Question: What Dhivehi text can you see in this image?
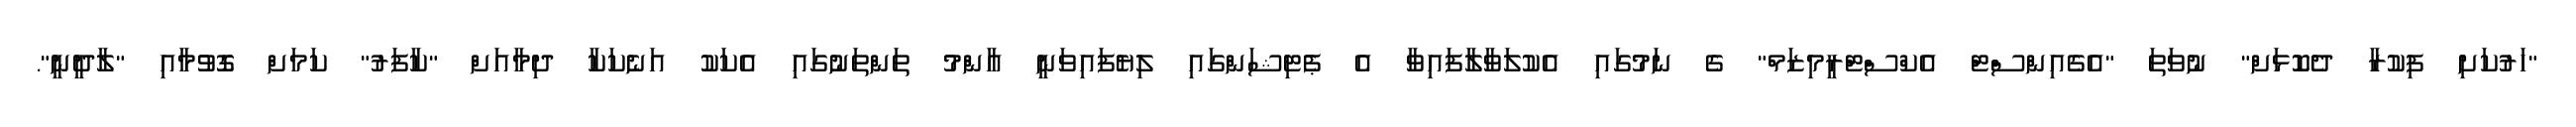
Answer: "ހަރުކަށި ފިކުރާ ދެކޮޅަށް" ނުވަތަ "އެގެއިންސްޓް އެކްސްޓްރީމިޒަމް" ގެ ނަމުގައި އެކުލަވާލާފައިވާ އެ ޕެޓިޝަންގައި ލިޔެފައިވަނީ އާންމު ތަންތަނުގައި އެކަކު އަނެކަކާ ދިމާއަށް "ކާފަރު" ކަމަށް ގޮވުމާއި "ލާދީނީ".